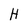
Character: H